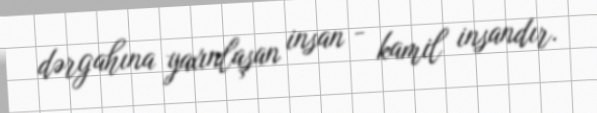
dərgahına yaxınlaşan insan - kamil insandır.